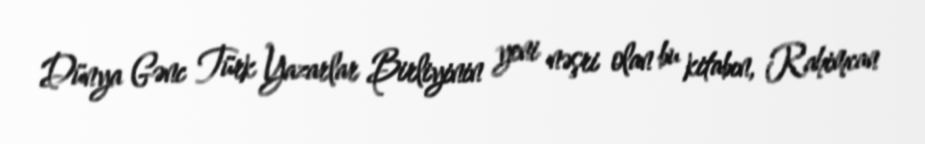
Dünya Gənc Türk Yazarlar Birliyinin yeni nəşri olan bu kitabın, Rahimcan